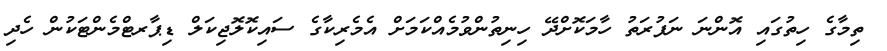
ތިމާގެ ހިތުގައި އޮންނަ ނަފުރަތު ހާމަކޮށްދޭ ހިނިތުންވުމެއްކަމަށް އެމެރިކާގެ ސައިކޮލޮޖިކަލް ޑިޕާރޓްމެންޓަކުން ހެދި